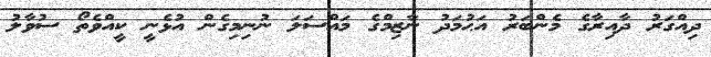
ދިއްގަރު ދާއިރާގެ މެންބަރު އަޙުމަދު ނާޒިމްގެ މައްސަލަ ނުނިމިގެން އުޅެނީ ކީއްވެތޯ ސުވާލު